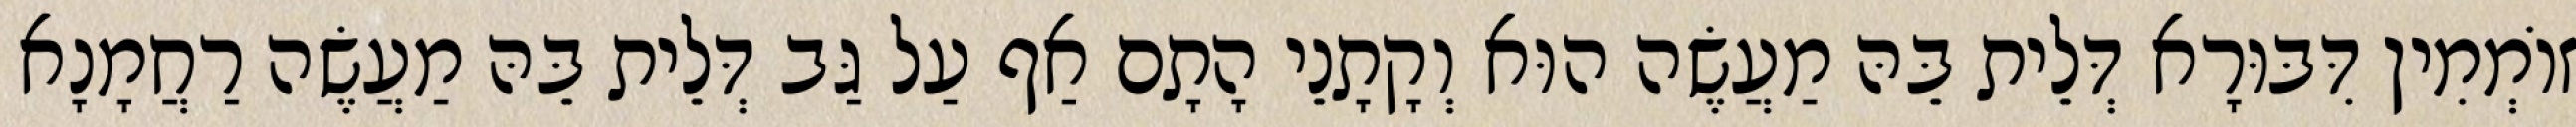
זוֹמְמִין דִּבּוּרָא דְּלֵית בֵּהּ מַעֲשֶׂה הוּא וְקָתָנֵי הָתָם אַף עַל גַּב דְּלֵית בֵּהּ מַעֲשֶׂה רַחֲמָנָא